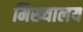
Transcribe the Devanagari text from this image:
मिख्यालय